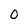
Character: 0